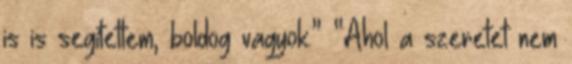
is is segítettem, boldog vagyok.” “Ahol a szeretet nem